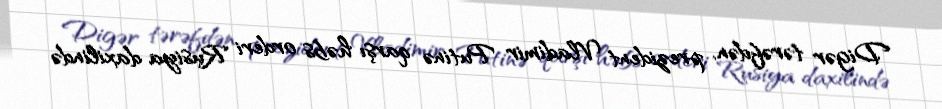
Digər tərəfdən, prezident Vladimir Putinə qarşı həbs orderi Rusiya daxilində